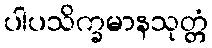
ပါပသိက္ခမာနသုတ္တံ